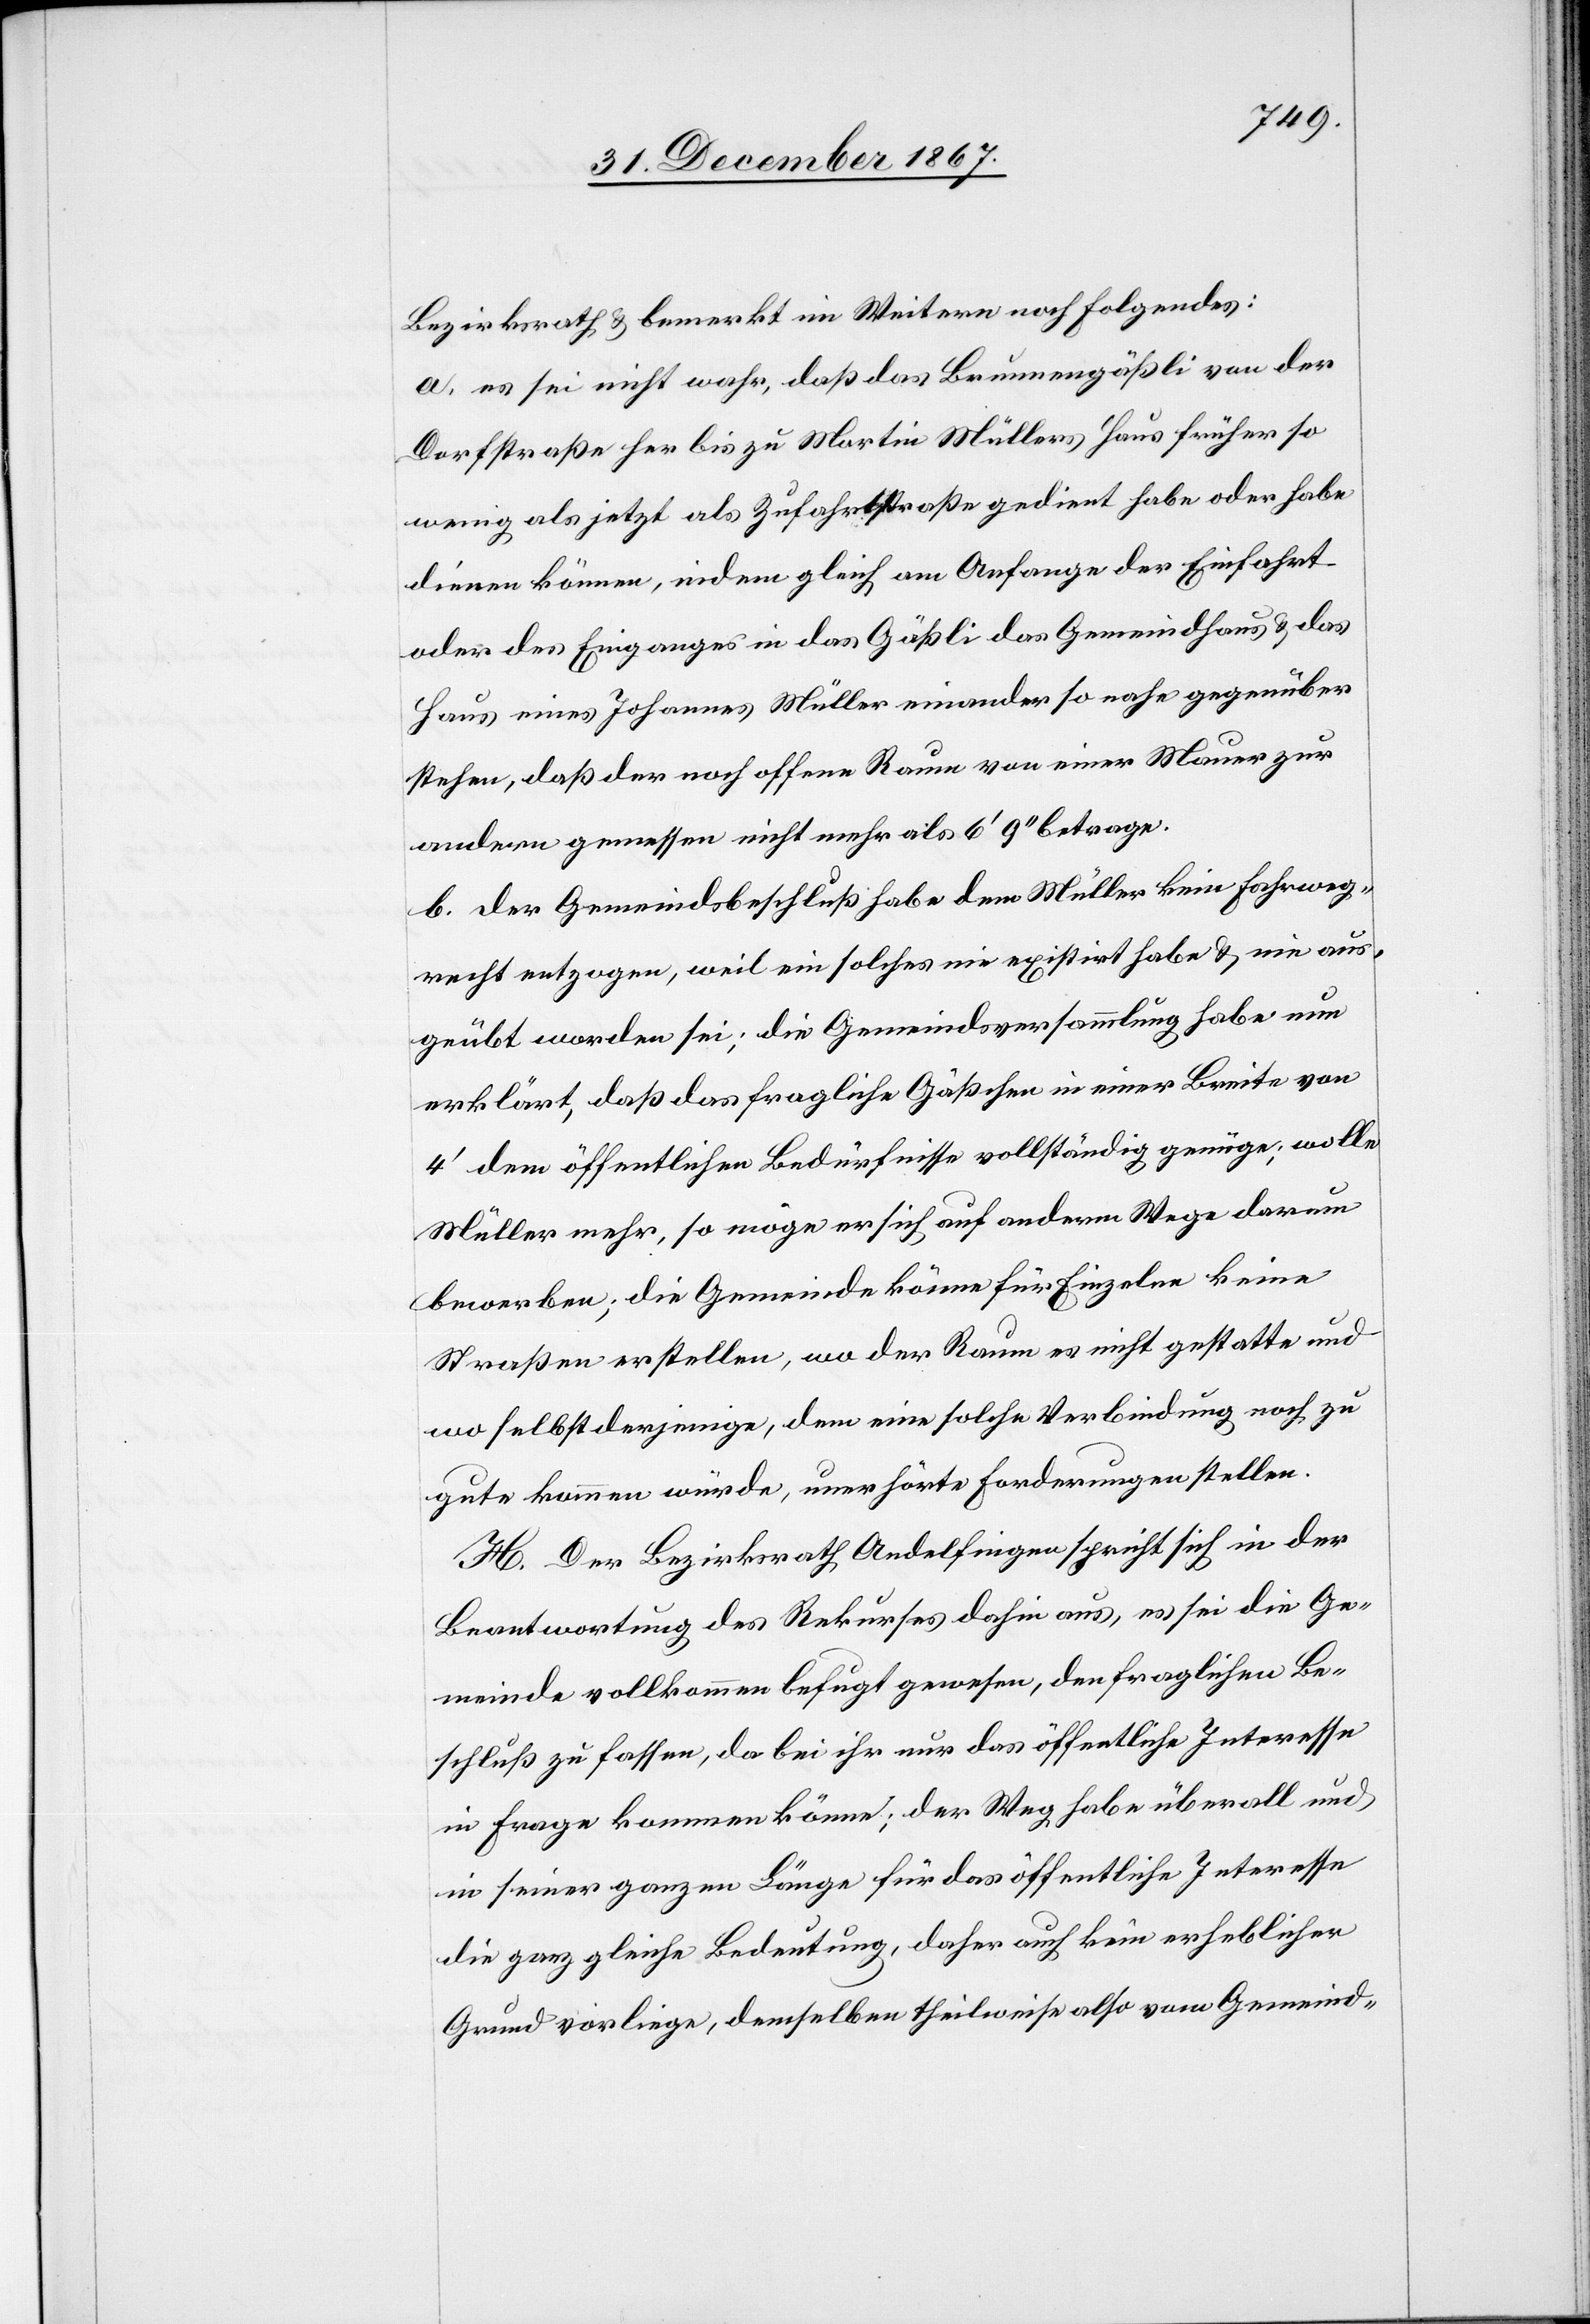
Bezirksrath u. bemerkt im Weitern noch folgendes:
a. es sei nicht wahr, daß das Brunnengäßli von der
Dorfstraße bis zu Martin Müllers Haus früher so
wenig als jetzt als Zufahrtsstraße gedient habe oder habe
dienen können, indem gleich am Anfange der Einfahrt
oder des Einganges in das Gäßli das Gemeindhaus u. das
Haus eines Johannes Müller einander so nahe gegenüber
stehen, daß der noch offene Raum von einer Mauer zur
andern gemessen nicht mehr als 6‘ 9‘‘ betrage.
b. der Gemeindsbeschluß habe dem Müller kein Fahrweg¬
recht entzogen, weil ein solches nie existirt habe u. nie aus¬
geübt worden sei; die Gemeindsversammlung habe nun
erklärt, daß das fragliche Gäßchen in einer Breite von
4‘ dem öffentlichen Bedürfnisse vollständig genüge; wolle
Müller mehr, so möge er sich auf anderm Wege darum
bewerben; die Gemeinde könne für Einzelne keine
Straßen erstellen, wo der Raum es nicht gestatte und
wo selbst derjenige, dem eine solche Verbindung noch zu
gute kommen würde, unerhörte Forderungen stellen
H. Der Bezirksrath Andelfingen spricht sich in der
Beantwortung des Rekurses dahin aus, es sei die Ge¬
meinde vollkommen befugt gewesen, den fraglichen Be¬
schluß zu fassen, da bei ihr nur das öffentliche Interesse
in Frage kommen könne; der Weg habe überall und
in seiner ganzen Länge für das öffentliche Interesse
die ganz gleiche Bedeutung, daher auch kein erheblicher
Grund vorliege, demselben theilweise also vom Gemeind-